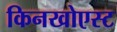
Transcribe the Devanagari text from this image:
किनखोएस्ट